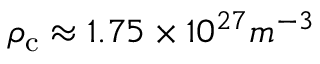
\rho _ { \mathrm { c } } \approx 1 . 7 5 \times 1 0 ^ { 2 7 } m ^ { - 3 }